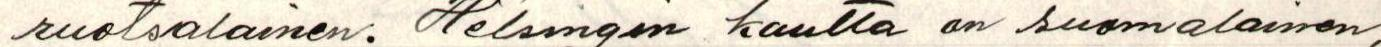
ruotsalainen. Helsingin kautta on suomalainen,